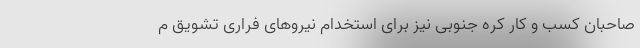
صاحبان کسب و کار کره جنوبی نیز برای استخدام نیروهای فراری تشویق م